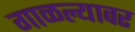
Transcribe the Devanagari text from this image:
गाळल्यावर